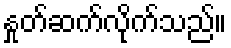
နှုတ်ဆက်လိုက်သည်။